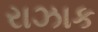
રાઝાક